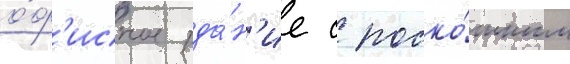
о́ф'исное зда́н'ие с роско́шным